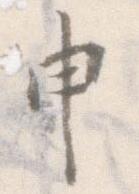
申